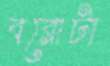
বরোটা